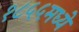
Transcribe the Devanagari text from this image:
१८५५मध्ये